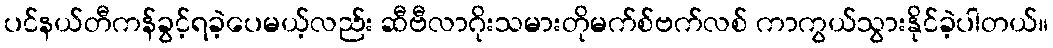
ပင်နယ်တီကန်ခွင့်ရခဲ့ပေမယ့်လည်း ဆီဗီလာဂိုးသမားတိုမက်စ်ဗက်လစ် ကာကွယ်သွားနိုင်ခဲ့ပါတယ်။